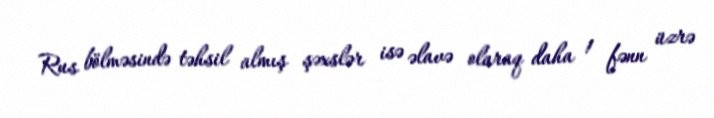
Rus bölməsində təhsil almış şəxslər isə əlavə olaraq daha 1 fənn üzrə